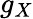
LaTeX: g_{X}